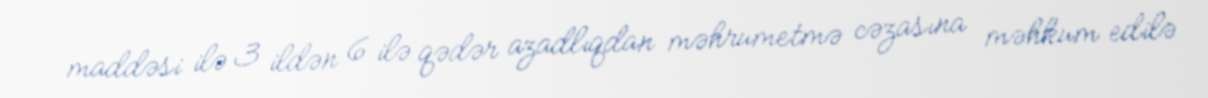
maddəsi ilə 3 ildən 6 ilə qədər azadlıqdan məhrumetmə cəzasına məhkum edilə